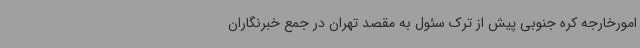
امورخارجه کره جنوبی پیش از ترک سئول به مقصد تهران در جمع خبرنگاران